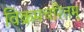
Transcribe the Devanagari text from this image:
विक्रमचरितम्